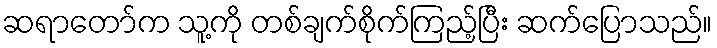
ဆရာတော်က သူ့ကို တစ်ချက်စိုက်ကြည့်ပြီး ဆက်ပြောသည်။